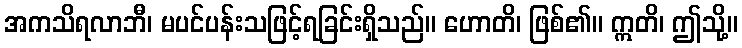
အကသိရလာဘီ၊ မပင်ပန်းသဖြင့်ရခြင်းရှိသည်။ ဟောတိ၊ ဖြစ်၏။ ဣတိ၊ ဤသို့။